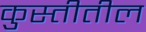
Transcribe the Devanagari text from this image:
कुस्तीतील